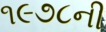
૧૯૭૮ની